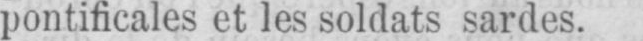
pontificales et les soldats sardes.